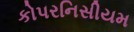
કોપરનિસીયમ